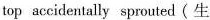
top accidentally sprouted(生